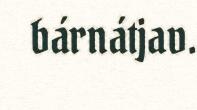
bárnátjav.